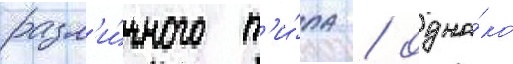
разл'и́чного т'и́па / одна́ко